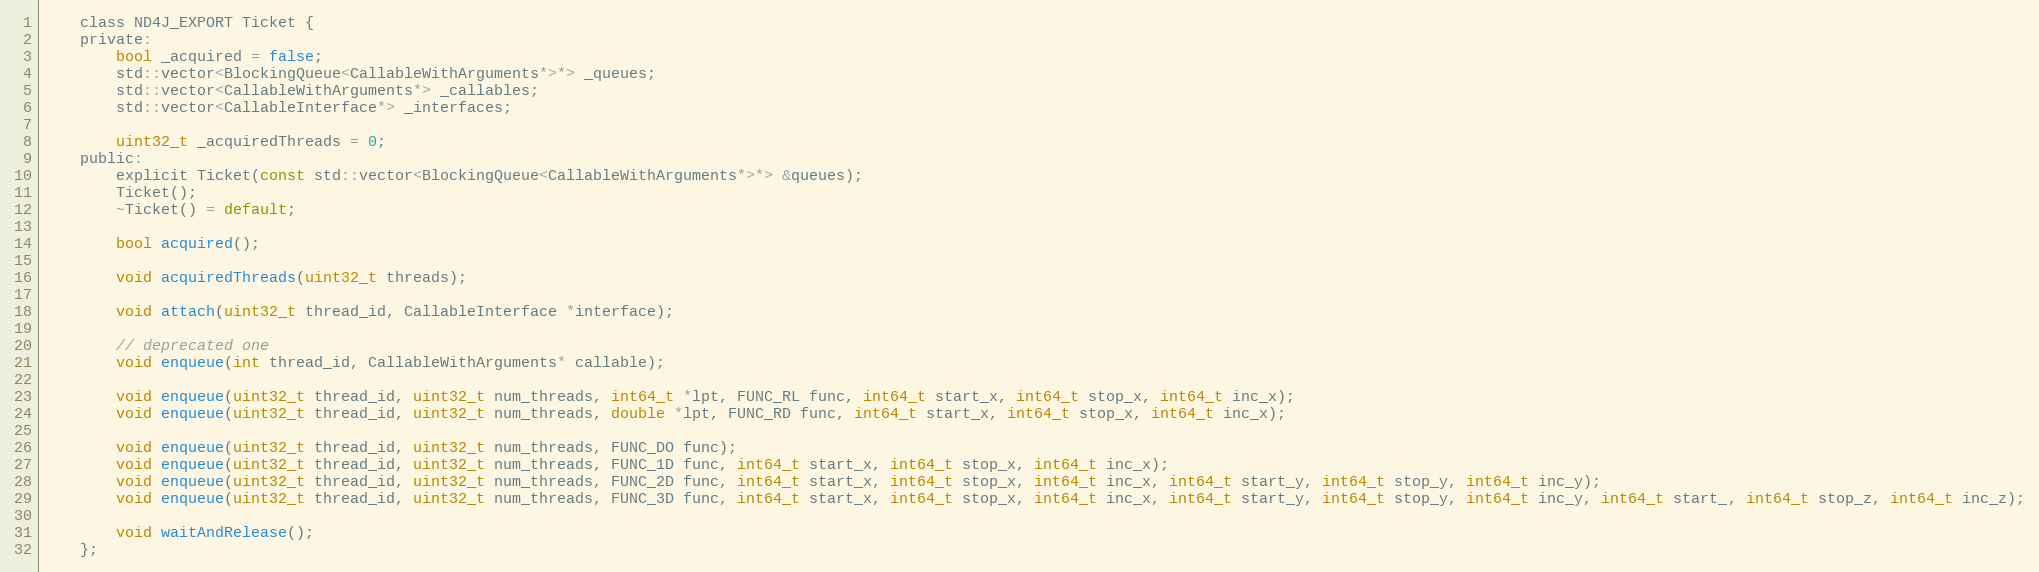
Language: C
    class ND4J_EXPORT Ticket {
    private:
        bool _acquired = false;
        std::vector<BlockingQueue<CallableWithArguments*>*> _queues;
        std::vector<CallableWithArguments*> _callables;
        std::vector<CallableInterface*> _interfaces;

        uint32_t _acquiredThreads = 0;
    public:
        explicit Ticket(const std::vector<BlockingQueue<CallableWithArguments*>*> &queues);
        Ticket();
        ~Ticket() = default;

        bool acquired();

        void acquiredThreads(uint32_t threads);

        void attach(uint32_t thread_id, CallableInterface *interface);

        // deprecated one
        void enqueue(int thread_id, CallableWithArguments* callable);

        void enqueue(uint32_t thread_id, uint32_t num_threads, int64_t *lpt, FUNC_RL func, int64_t start_x, int64_t stop_x, int64_t inc_x);
        void enqueue(uint32_t thread_id, uint32_t num_threads, double *lpt, FUNC_RD func, int64_t start_x, int64_t stop_x, int64_t inc_x);

        void enqueue(uint32_t thread_id, uint32_t num_threads, FUNC_DO func);
        void enqueue(uint32_t thread_id, uint32_t num_threads, FUNC_1D func, int64_t start_x, int64_t stop_x, int64_t inc_x);
        void enqueue(uint32_t thread_id, uint32_t num_threads, FUNC_2D func, int64_t start_x, int64_t stop_x, int64_t inc_x, int64_t start_y, int64_t stop_y, int64_t inc_y);
        void enqueue(uint32_t thread_id, uint32_t num_threads, FUNC_3D func, int64_t start_x, int64_t stop_x, int64_t inc_x, int64_t start_y, int64_t stop_y, int64_t inc_y, int64_t start_, int64_t stop_z, int64_t inc_z);

        void waitAndRelease();
    };